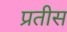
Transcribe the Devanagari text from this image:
प्रतीस